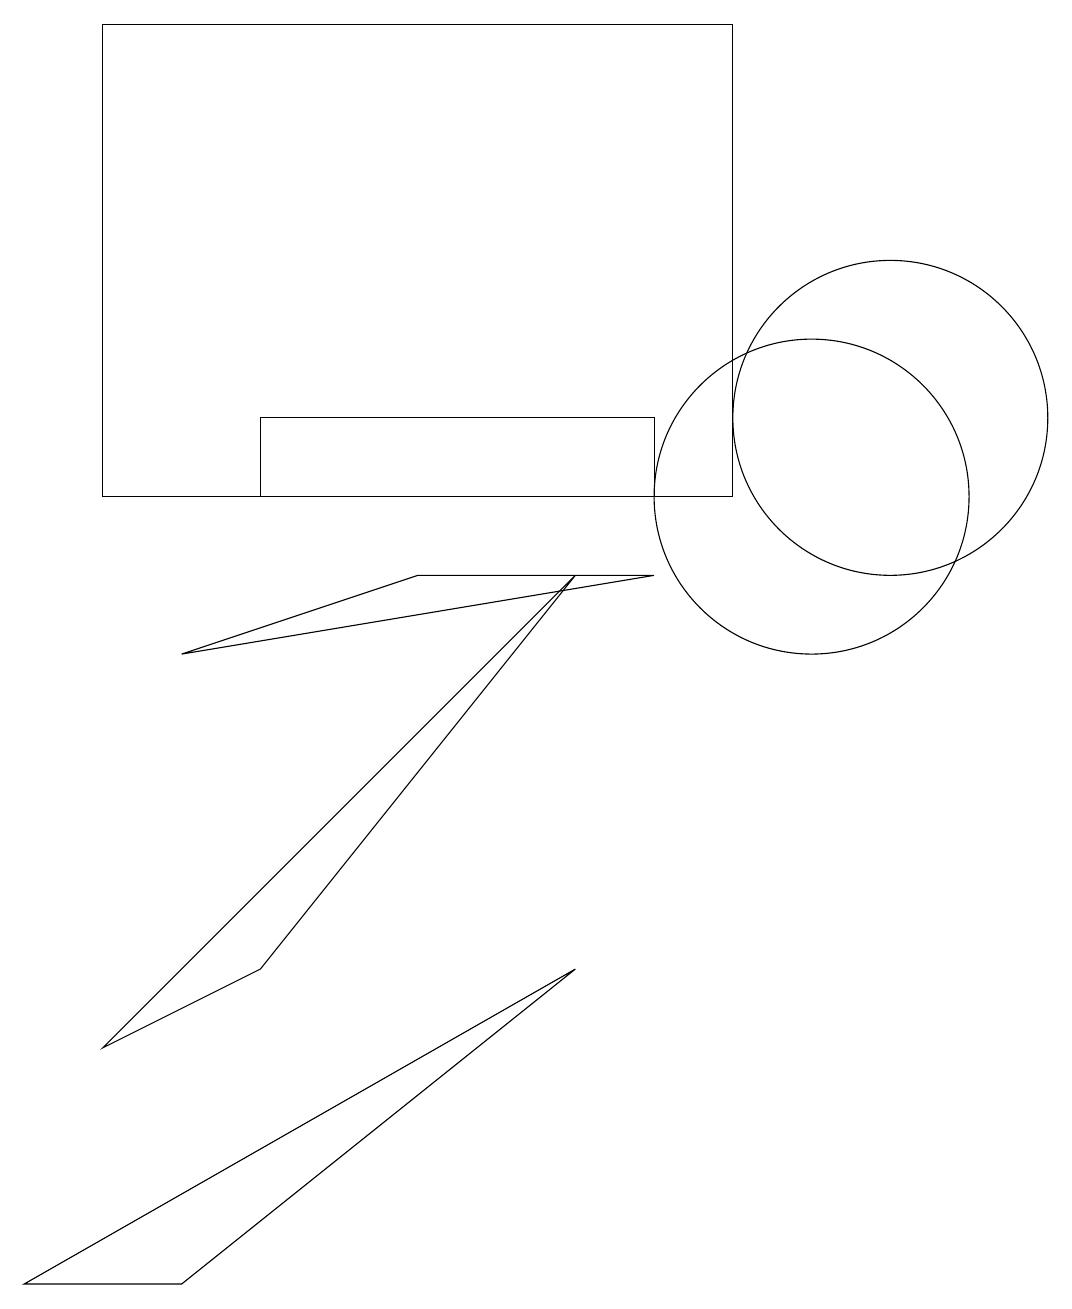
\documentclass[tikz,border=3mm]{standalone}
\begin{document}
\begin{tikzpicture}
\draw (10,10) circle (2);
\draw (1,3) -- (3,4) -- (7,9) -- cycle;
\draw (5,9) -- (8,9) -- (2,8) -- cycle;
\draw (3,10) rectangle (8,11);
\draw (9,10) rectangle (1,16);
\draw (11,11) circle (2);
\draw (7,4) -- (0,0) -- (2,0) -- cycle;
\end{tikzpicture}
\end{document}